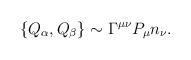
LaTeX: \begin{align*}\{Q_\alpha,Q_\beta\}\sim \Gamma^{\mu\nu}P_\mu n_\nu.\end{align*}